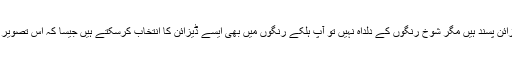
اگر آپکو پھولدار ڈیزائن پسند ہیں مگر شوخ رنگوں کے دلداہ نہیں تو آپ ہلکے رنگوں میں بھی ایسے ڈیزائن کا انتخاب کرسکتے ہیں جیسا کہ اس تصویر میں دکھایا گیا ہے۔